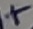
Text: +